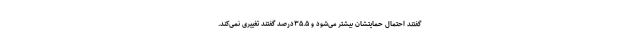
گفتند احتمال حمایتشان بیشتر می‌شود و ۳۵.۵درصد گفتند تغییری نمی‌کند.